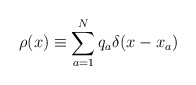
\begin{align*}\rho(x) \equiv \sum^N_{a=1} q_a \delta(x-x_a)\end{align*}